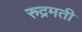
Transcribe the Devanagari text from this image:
रुद्रमती